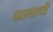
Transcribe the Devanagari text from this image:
नानाची